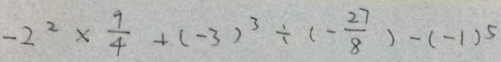
- 2 ^ { 2 } \times \frac { 9 } { 4 } + ( - 3 ) ^ { 3 } \div ( - \frac { 2 7 } { 8 } ) - ( - 1 ) ^ { 5 }